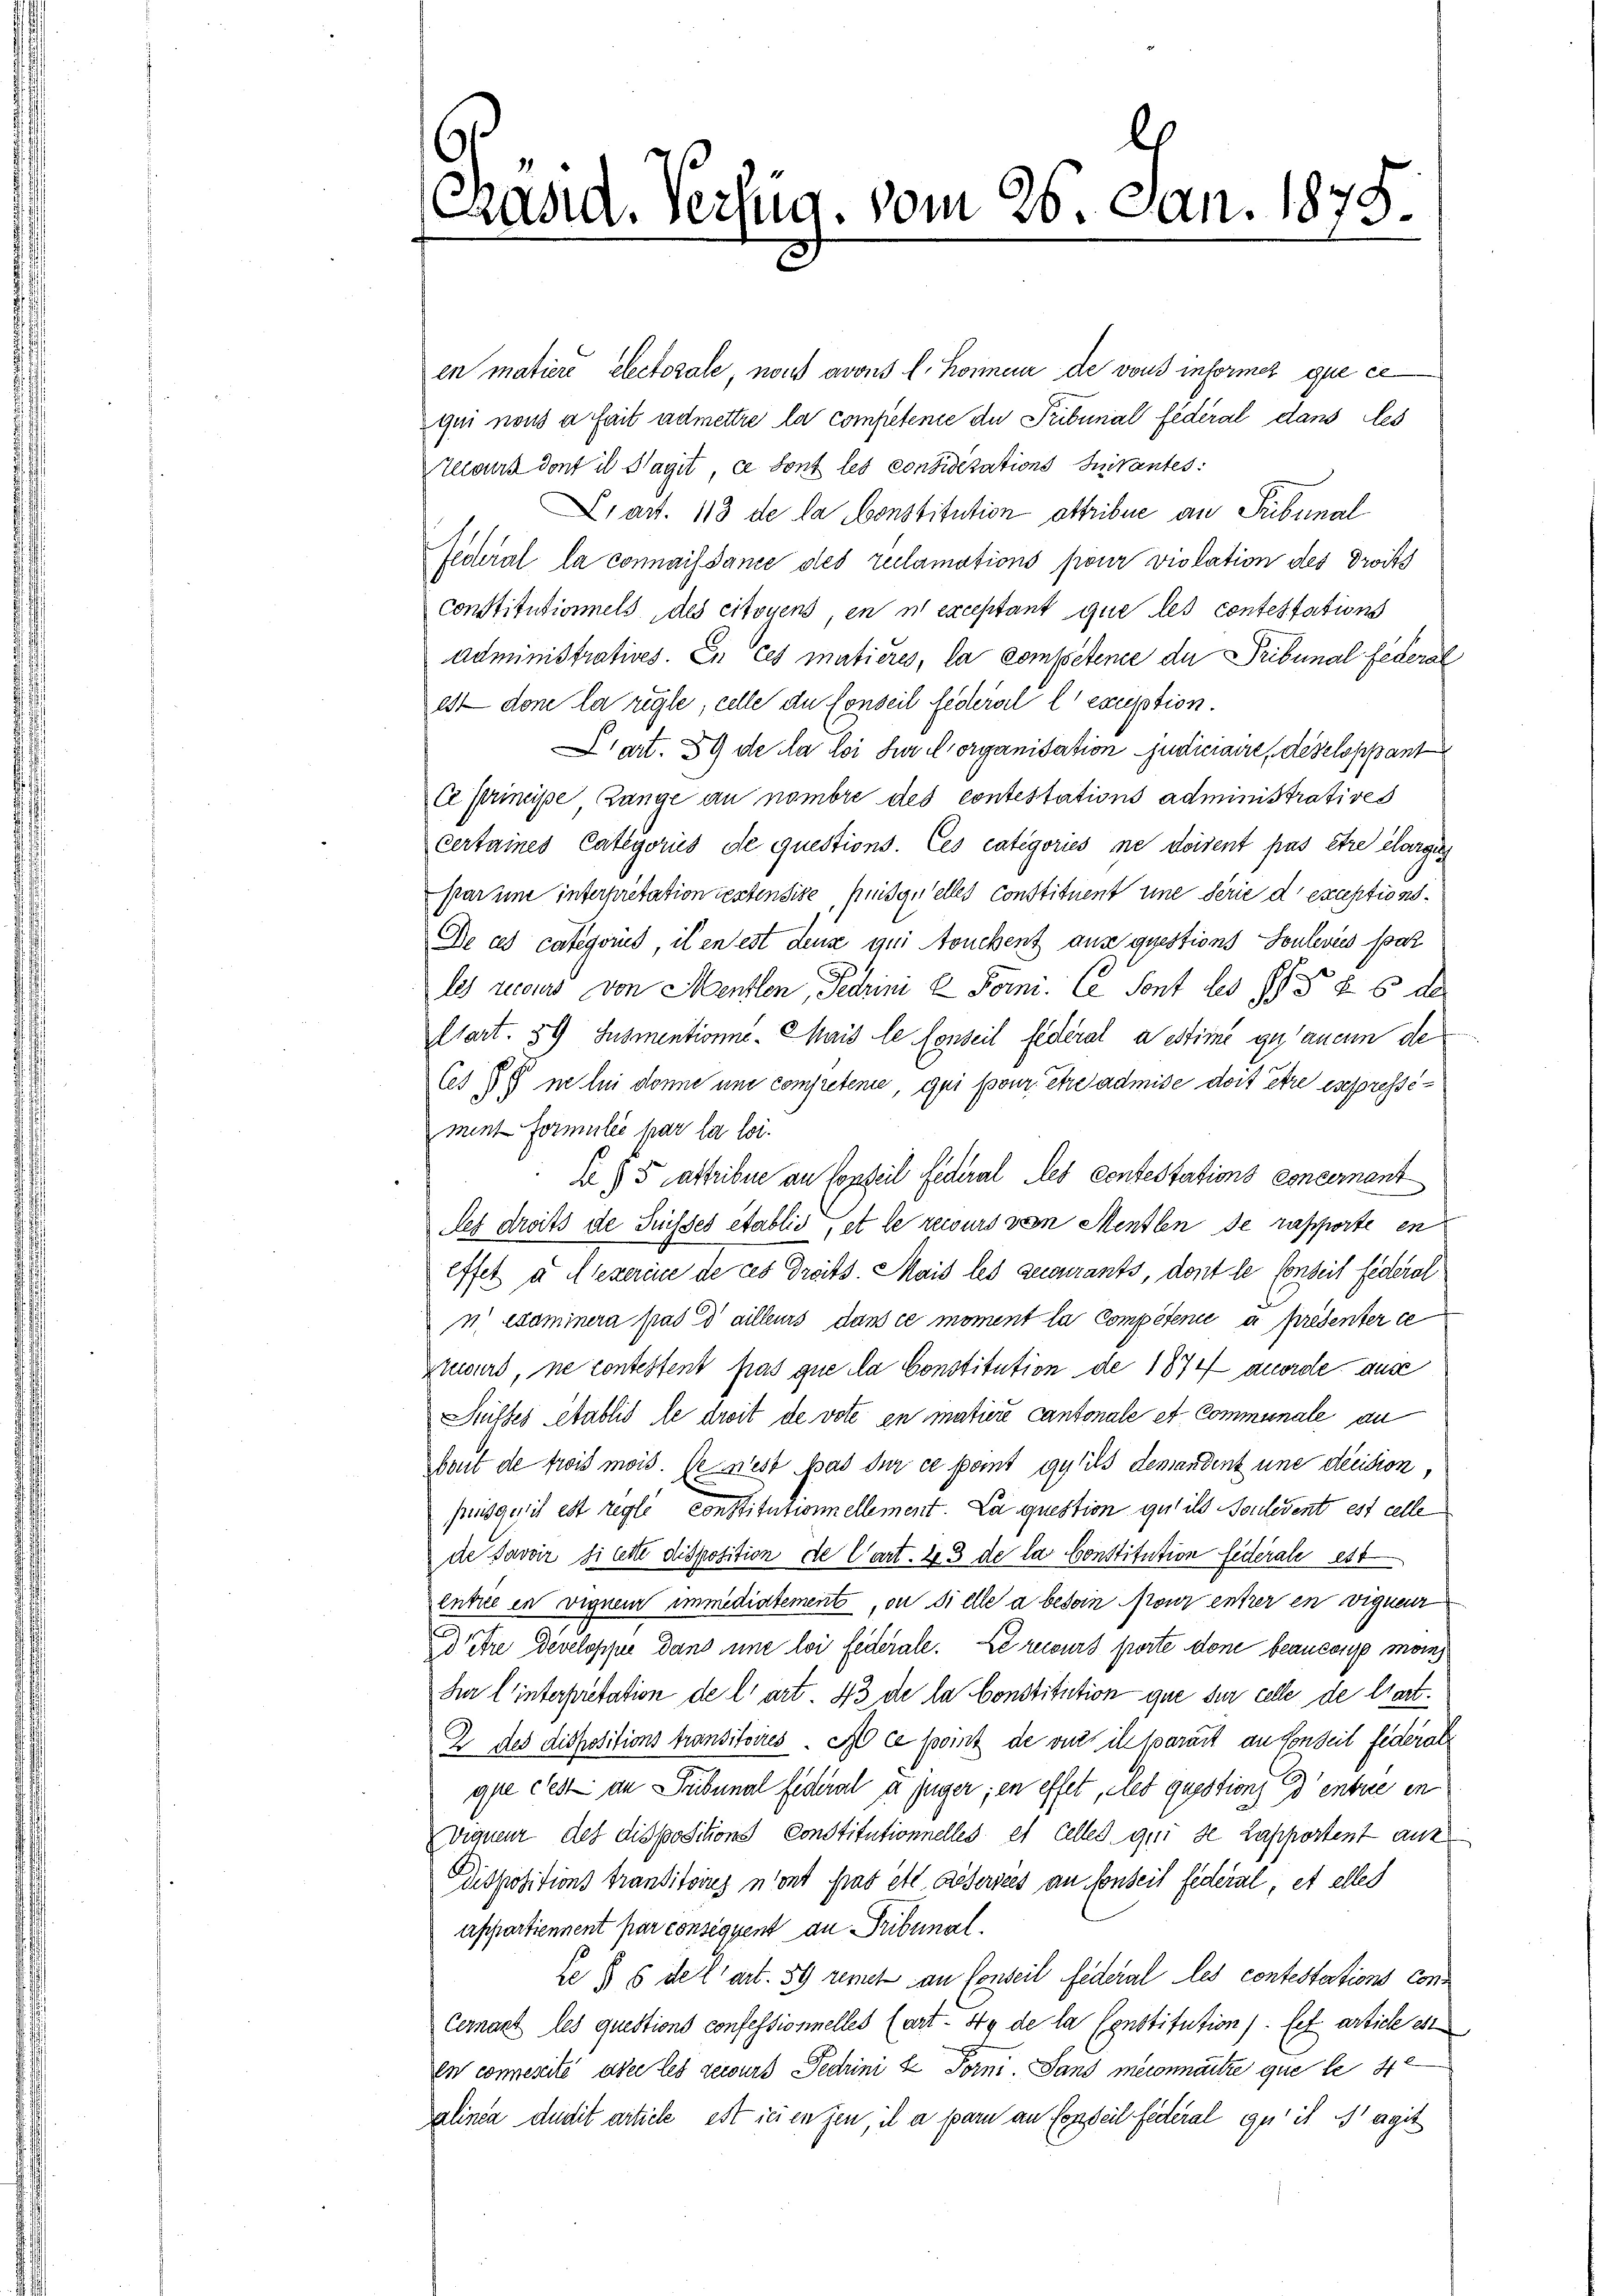
ls
Cand. Verzug. vom 26. Jan. 1878.

en matiere Electorale, non avous l. Koimeur de vons informez que ce
qui non a fait admettre la competenie du Tribunal fédéral dans les
claus dont il Hagit, ce sont les considérations Initantes:
Lart. 113 de la Constitution attribue an Tribunal
Federal la connaissance des reclamations pour violation des Droits
constitutionnels, des citoyens, en in exceptant que les contestations
administratives. In ces mutieres, la competence du Tribunal Federal
est dem la regle, celle du Conseil federal l exception.
art. 89 de la loi der Crorganisation judiciaire, de seloppant
ce principe ange an nombre des contestations administratives
Certaines Categoris de questions. Ces categories ne doivent pas être élarge
par une interpretation restensire, puis quelles constituent eine Serie d exceptions¬
De ces categoris, il en est dense qui touchent aus questions Soulevies spaz
les recurs von Mentlen, Fedrini & Form. Ce Sont les 15 § 26 de
Chart. 89 Susmentionne. Mais le Conseil fédéral aestime getauchen de
Ces § 7 ne lui donne une compretene, qui pour être admise doit être es spressement Formulie par la loi.
E) 5 astribue an Corteil Federal des contestations Concernant
des droits de Suisses etablis, et le recurs von Mentlen de rapporte en
effet u Alexerine de ces droits. Mais les gecourants, dont le Conseil federal
n examinera pas d’ailleurs dans ce moment la Compétence a présenter ce
Stuwerd, ne contestent pas que da Constitution de 1874 anorde ause
Stettes établis le droit de vote in matiere Cantonale et Communale au
hut de trois mois. Je nest pas der ce point qu’ils demandent une decision,
pinsgerit est regli constitutionnellement. La question gut ils Fontedent est celle
de savoir si lette disposition de Cart. 23 de la Constitution federale est
entre en vignem immediatement, ou si elle a besoin Nour entrer en vigneur
Ditre developpie dans une loi federale. Le recours porte done beaucone moins
Dar l’interpretation de l’art. 43 de la Constitution que sur celle de Cart¬
2 des dispositions transitoires. A ce somit de vue il sparart an forzeit federats
que c’est an Tribunal fideral à juger; en effet, sed questions d’entrie in
Vigneur des dispositions Constitutionnelles et celles qui de Lapportent auf
Dispositions Transitoires n’ont Grad ett. Deservées an sonseil federal, et elles
appartiennent par consequent an Tribunal.
le § 6 de l’art. 59 remet an Conseil federal les contestations Con¬
Cernant les questions confessionnelles (art. 49 de la Constitution) et article est
In connereite oder les gewurb Fedrini & Torni. Sand meconnaitre que le 42
alinea dudit article est seien jen, il a parn an Conseil federal qu’ is Magit